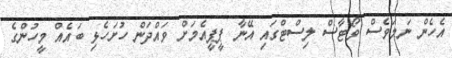
އެހެން ނަމަވެސް ވޯޓާސް ލިސްޓްގައި އޭނާ ޕީޕީއެމަށް ވައްދަން ހުށަހެޅި ބައެއް މީހުންގެ